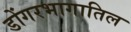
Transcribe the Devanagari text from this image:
डोंगरभागातिल